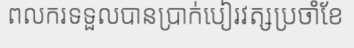
ពលករទទួលបានប្រាក់បៀរវត្សប្រចាំខែ